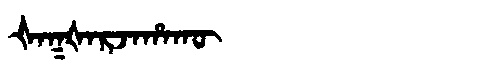
Manchu: ᡧᠠᡴᡧᠠᡵᠵᠠᡥᠠᡴᡡ
Romanization: ŠAKŠARJAHAKŪ